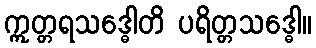
ဣတ္တရသဒ္ဓေါတိ ပရိတ္တသဒ္ဓေါ။